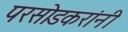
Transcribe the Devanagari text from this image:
परसोडकरांनी